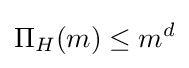
\Pi _{H}(m)\leq m^{d}